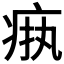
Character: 𬏧